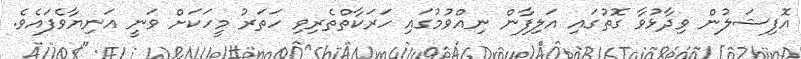
އޮފިޝަލުން ވިދާޅުވާ ގޮތުގައި އަލިފާން ނިއްވުމުގައި ހަރަކާތްތެރިވި ހަތަރު މީހަކަށް ވަނީ އަނިޔާވެފައެވެ.